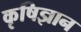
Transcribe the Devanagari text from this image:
कृषिज्ञान